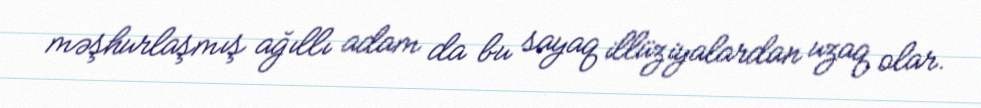
məşhurlaşmış ağıllı adam da bu sayaq illüziyalardan uzaq olar.